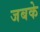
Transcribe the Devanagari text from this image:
जबके